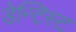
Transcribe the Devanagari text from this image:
डेन्टिस्ट